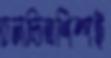
চলচ্চিত্রশিল্পই